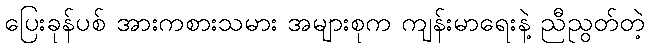
ပြေးခုန်ပစ် အားကစားသမား အများစုက ကျန်းမာရေးနဲ့ ညီညွတ်တဲ့